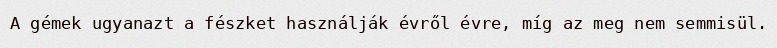
A gémek ugyanazt a fészket használják évről évre, míg az meg nem semmisül.